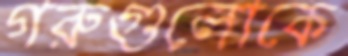
গরুগুলোকে